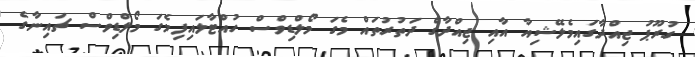
ގުރޫޕު ޖިއްދާގައިމެލޭޝިއާ އާއި ޖިއްދާގެ ދަތުރުތައް މެގަ މޯލްޑިވްސް ހުއްޓާލައިފިމެގަ މޯލްޑިވްސް ޗައިނާގެ